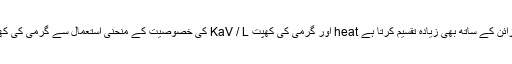
پانی بھرنے کی سطح پر فش رج کے ڈیزائن کے ساتھ بھی زیادہ تقسیم کرتا ہے heat اور گرمی کی کھپت KaV / L کی خصوصیت کے منحنی استعمال سے گرمی کی کھپت کی کارکردگی کو نمایاں بنا دیتا ہے۔